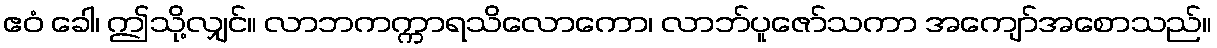
ဧဝံ ခေါ၊ ဤသို့လျှင်။ လာဘကက္ကာရသိလောကော၊ လာဘ်ပူဇော်သကာ အကျော်အစောသည်။